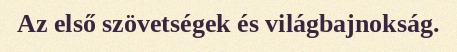
Az első szövetségek és világbajnokság.